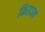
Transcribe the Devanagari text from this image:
किरदान